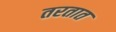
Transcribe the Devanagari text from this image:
तरतात